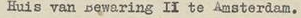
Huis van Bewaring II to Amsterdam.